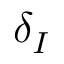
\delta _ { I }